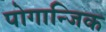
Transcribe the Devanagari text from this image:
पोगान्जिक